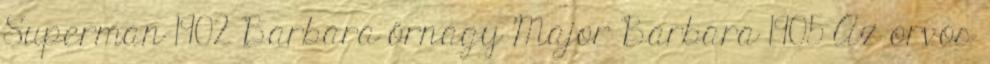
Superman 1902 Barbara őrnagy Major Barbara 1905 Az orvos